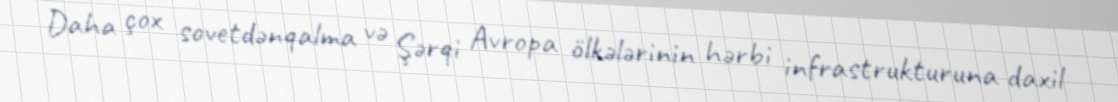
Daha çox sovetdənqalma və Şərqi Avropa ölkələrinin hərbi infrastrukturuna daxil